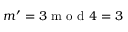
m { ' } = 3 \mathrm { ~ m ~ o ~ d ~ } 4 = 3